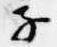
子